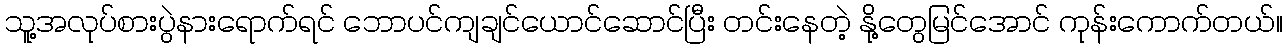
သူ့အလုပ်စားပွဲနားရောက်ရင် ဘောပင်ကျချင်ယောင်ဆောင်ပြီး တင်းနေတဲ့ နို့တွေမြင်အောင် ကုန်းကောက်တယ်။